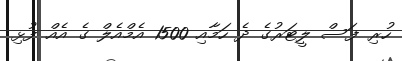
ހުރި ފަސް ލީޓަރުގެ ދެ ހަމާއި 1500 އެމްއެލް ގެ އެއް ފުޅި